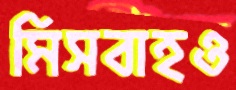
মিসবাহও